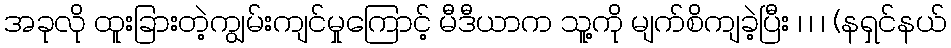
အခုလို ထူးခြားတဲ့ကျွမ်းကျင်မှုကြောင့် မီဒီယာက သူ့ကို မျက်စိကျခဲ့ပြီး ၊ ၊ ၊ (နရှင်နယ်